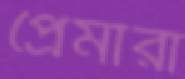
প্রেমীরা